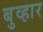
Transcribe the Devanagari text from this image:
बुव्हार